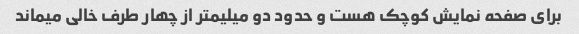
برای صفحه نمایش کوچک هست و حدود دو میلیمتر از چهار طرف خالی میماند